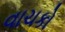
વાચકો